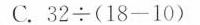
C.$$3 2 \div ( 1 8 - 1 0 )$$